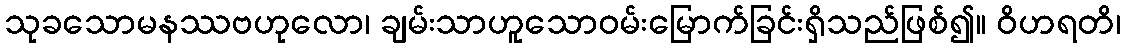
သုခသောမနဿဗဟုလော၊ ချမ်းသာဟူသောဝမ်းမြောက်ခြင်းရှိသည်ဖြစ်၍။ ဝိဟရတိ၊